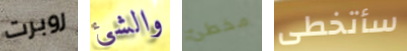
روبرت والشئ مخطئ سأتخطى